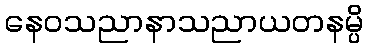
နေဝသညာနာသညာယတနမ္ပိ